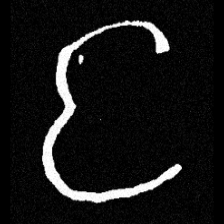
Pyu character \u2014 Myanmar letter: င (romanized: nga)